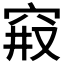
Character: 𱶷